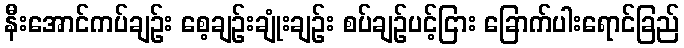
နီးအောင်ကပ်ချဉ်း စေ့ချဉ်းချုံးချဉ်း စပ်ချဉ်ပင့်ငြား ခြောက်ပါးရောင်ခြည်